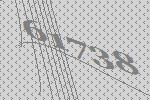
61738